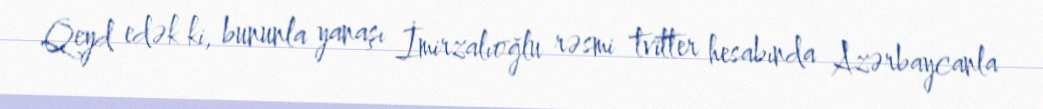
Qeyd edək ki, bununla yanaşı İmirzalıoğlu rəsmi tvitter hesabında Azərbaycanla